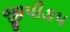
જીપી૩૫